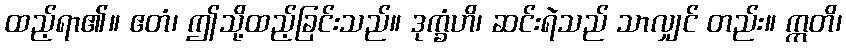
ထည့်ရာ၏။ ဧတံ၊ ဤသို့ထည့်ခြင်းသည်။ ဒုက္ခံဟိ၊ ဆင်းရဲသည် သာလျှင် တည်း။ ဣတိ၊